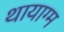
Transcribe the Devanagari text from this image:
थायाग्म